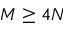
M \geq 4 N